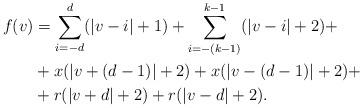
LaTeX: \begin{align*}f(v) & =\sum_{i=-d}^{d}(\left\vert v-i\right\vert +1)+\sum_{i=-(k-1)}^{k-1}(\left\vert v-i\right\vert +2)+\\& +x(\left\vert v+(d-1)\right\vert +2)+x(\left\vert v-(d-1)\right\vert +2)+\\& +r(\left\vert v+d\right\vert +2)+r(\left\vert v-d\right\vert +2).\end{align*}